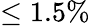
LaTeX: \leq 1.5\%